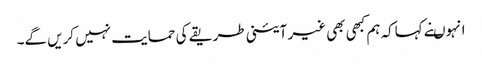
انہوںنے کہاکہ ہم کبھی بھی غیر آئینی طریقے کی حمایت نہیں کریں گے۔